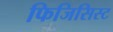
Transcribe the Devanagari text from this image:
फिजिसिस्ट